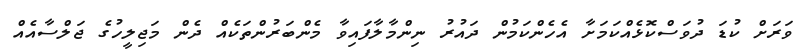
ވަރަށް ކުޑަ ދުވަސްކޮޅެއްކަމަށާ އެހެންކަމުން ދައުރު ނިންމާލާފައިވާ މެންބަރުންތަކެއް ދެން މަޖިލީހުގެ ޖަލްސާއެއް